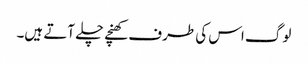
لوگ اس کی طرف کھنچے چلے آتے ہیں۔